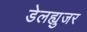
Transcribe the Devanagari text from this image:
डेलह्युजर